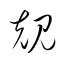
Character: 規